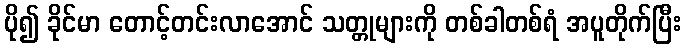
ပို၍ ခိုင်မာ တောင့်တင်းလာအောင် သတ္တုများကို တစ်ခါတစ်ရံ အပူတိုက်ပြီး